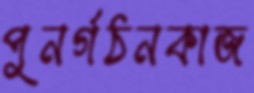
পুনর্গঠনকাজ